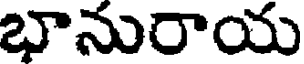
భానురాయ